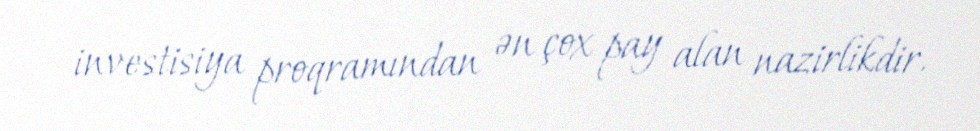
investisiya proqramından ən çox pay alan nazirlikdir.